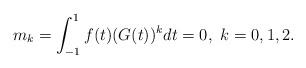
LaTeX: \begin{align*}m_k=\int_{-1}^1f(t)(G(t))^kdt=0, \,\, k=0,1,2.\end{align*}